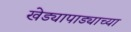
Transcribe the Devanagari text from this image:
खेड्यापाड्याच्या